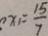
x _ { 1 } = \frac { 1 5 } { 7 }